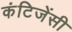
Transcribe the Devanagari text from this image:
कंटिजेंसी